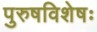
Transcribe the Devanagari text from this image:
पुरुषविशेषः